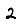
Digit: 2